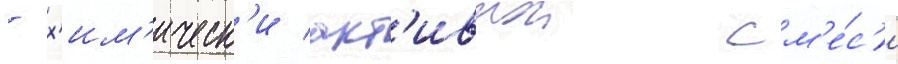
- х'им'ическ'и акт'ивнои см'е́с'и